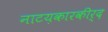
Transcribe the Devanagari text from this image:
नाटय़कारकीर्द